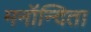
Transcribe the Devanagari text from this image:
मनॉन्दिता